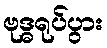
ဗုဒ္ဓရုပ်ပွား